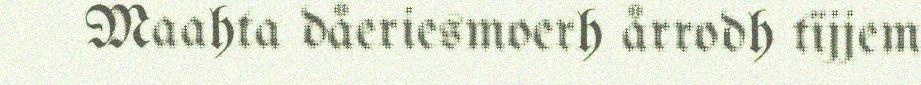
Maahta dåeriesmoerh årrodh tïjjem